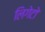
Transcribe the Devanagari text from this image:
लिगेटो